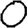
Digit: 0